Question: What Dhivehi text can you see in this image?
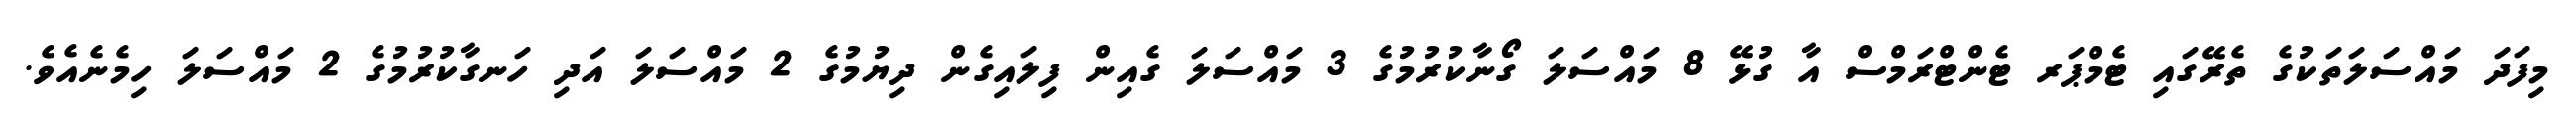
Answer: މިފަދަ މައްސަލަތަކުގެ ތެރޭގައި ޓެމްޕަރ ޓެންޓްރަމްސް އާ ގުޅޭ 8 މައްސަލަ ގޯނާކުރުމުގެ 3 މައްސަލަ ގެއިން ފިލައިގެން ދިޔުމުގެ 2 މައްސަލަ އަދި ހަނގާކުރުމުގެ 2 މައްސަލަ ހިމެނެއެވެ.